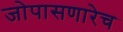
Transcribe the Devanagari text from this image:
जोपासणारेच